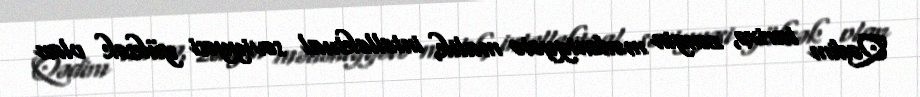
Qədim tarixə, zəngin mədəniyyətə malik, intellektual səviyyəsi yüksək olan